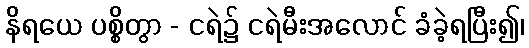
နိရယေ ပစ္စိတွာ - ငရဲ၌ ငရဲမီးအလောင် ခံခဲ့ရပြီး၍၊